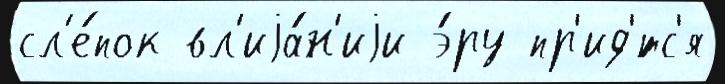
сл'е́пок вл'иjа́н'иjи э́ру пр'ид'́тс'я